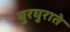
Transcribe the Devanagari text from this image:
घुरघुराते